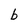
Character: b